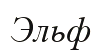
Эльф